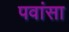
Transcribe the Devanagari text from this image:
पवांसा